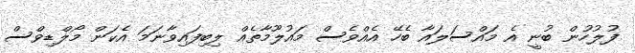
ފުލުހުން ބުނީ އެ މައްސަލައާ ބެހޭ އެއްވެސް މައުލޫމާތެއް ލިބިފައިވާނަމަ އެކަން މޯލްޑިވްސް